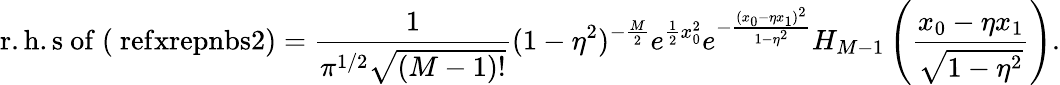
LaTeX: \mathrm{r.h.s~of~(\ ref{xrepnbs2})}={\frac{1}{\pi^{1/2}\sqrt{(M-1)!}}}(1-\eta^{2})^{-{\frac{M}{2}}}e^{{\frac{1}{2}}x_{0}^{2}}e^{-{\frac{(x_{0}-\eta x_{1})^{2}}{1-\eta^{2}}}}H_{M-1}\left({\frac{x_{0}-\eta x_{1}}{\sqrt{1-\eta^{2}}}}\right).